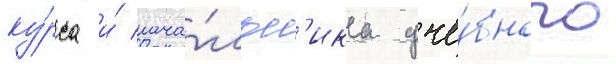
ку́рса и́ нача́льн'ика уче́бного